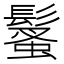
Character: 𩮚